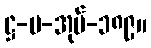
ဋ္ဌ-ပ-အုပ်-၁၈၉။